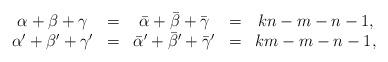
LaTeX: \begin{align*}\begin{array}{ccccc} \alpha+\beta+\gamma &=& \bar{\alpha}+\bar{\beta}+\bar{\gamma} &=& kn-m-n-1 ,\\ \alpha'+\beta'+\gamma' &=& \bar{\alpha}'+\bar{\beta}'+\bar{\gamma}' &=& km-m-n-1,\end{array}\end{align*}